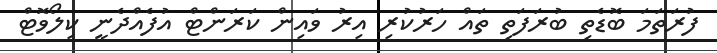
ފުރަތަމަ ބޮޑެތި ބުރަފަތި ތައް ހަރުކުރި އިރު ވައިން ކަރަންޓް އުފެއްދެނީ ކިލޯވޮޓް